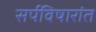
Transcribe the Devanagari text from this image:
सर्पविषारांत